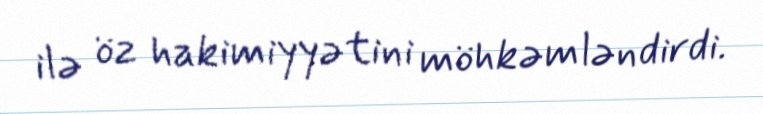
ilə öz hakimiyyətini möhkəmləndirdi.